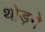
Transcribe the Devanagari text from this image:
थोड़ने